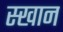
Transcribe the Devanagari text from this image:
स्खान